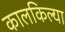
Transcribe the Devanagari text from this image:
कालकिल्या